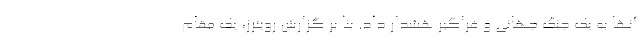
آنها به یک جنگ جهانی و فراگیر هشدار داد. بنا بر گزارش رویترز، یک مقام